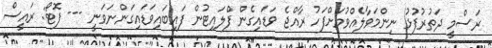
ރަސްމީ ދަތުރުފުޅު ނިންމަވާލެއްވުމަށްފަހު ރާއްޖެ ވަޑައިގެން ފްލައިޓުން ފައިބައިވަޑައިގަންނަވަނީ --- ފޮޓޯ: ރައީސް